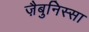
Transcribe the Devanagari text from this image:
ज़ैबुनिस्सा